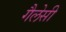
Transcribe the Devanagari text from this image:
गैलेसी